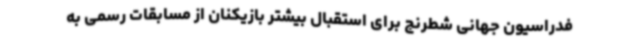
فدراسیون جهانی شطرنج برای استقبال بیشتر بازیکنان از مسابقات رسمی به